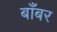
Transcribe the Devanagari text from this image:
बाँबर